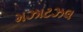
મઝાટઝલ